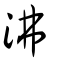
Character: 沸